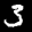
Label: 3